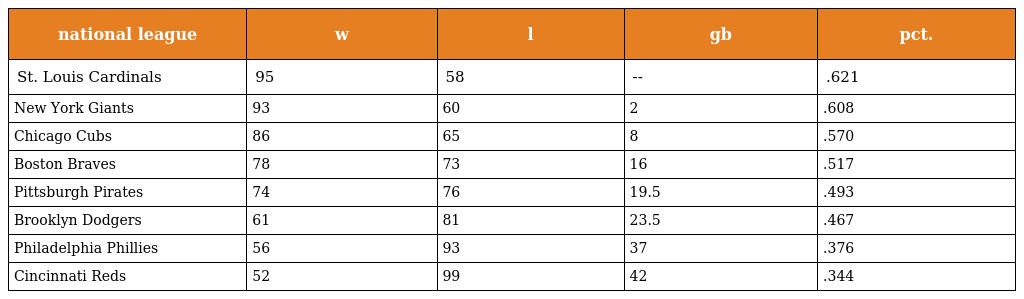
| national league | w | l | gb | pct. |
 | --- | --- | --- | --- | --- |
 | St. Louis Cardinals | 95 | 58 | -- | .621 |
 | New York Giants | 93 | 60 | 2 | .608 |
 | Chicago Cubs | 86 | 65 | 8 | .570 |
 | Boston Braves | 78 | 73 | 16 | .517 |
 | Pittsburgh Pirates | 74 | 76 | 19.5 | .493 |
 | Brooklyn Dodgers | 61 | 81 | 23.5 | .467 |
 | Philadelphia Phillies | 56 | 93 | 37 | .376 |
 | Cincinnati Reds | 52 | 99 | 42 | .344 |